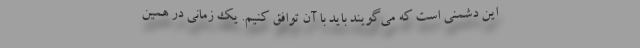
این دشمنی است که می‌گویند باید با آن توافق کنیم. یک زمانی در همین